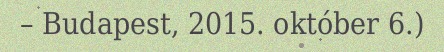
– Budapest, 2015. október 6.)